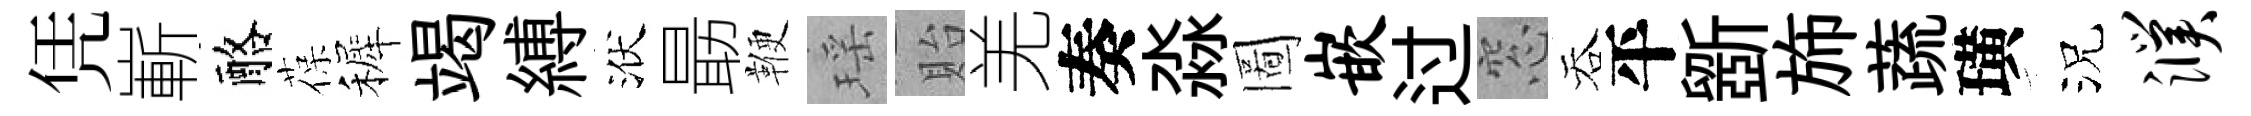
凭嶄酪葆裤竭縛洑朂鞭瑶貽羌奏淼圖嵌过窓吞平斵斾蔬璜況濮